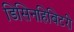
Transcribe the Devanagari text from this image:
डिसिनहिबिटरी